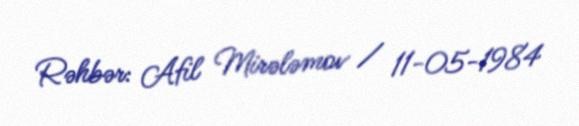
Rəhbər: Afil Mirələmov / 11-05-1984